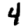
Digit: 4